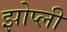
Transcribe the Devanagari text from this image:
झोप्ली